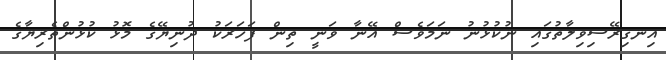
އިނގިރޭސިވިލާތުގައި ނުކުޅުނު ނަމަވެސް އޭނާ ވަނީ ތިން ފަހަރަކު ދުނިޔޭގެ މޮޅު ކުޅުންތެރިޔާގެ